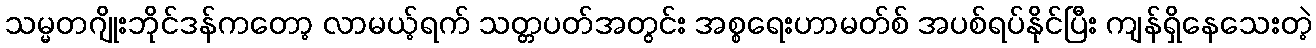
သမ္မတဂျိုးဘိုင်ဒန်ကတော့ လာမယ့်ရက် သတ္တပတ်အတွင်း အစ္စရေးဟာမတ်စ် အပစ်ရပ်နိုင်ပြီး ကျန်ရှိနေသေးတဲ့